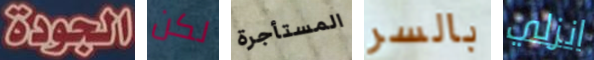
الجودة لكن المستأجرة بالسر انزلي